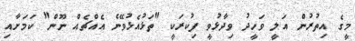
މީގެ އިތުރުން އަލީ ވަހީދު ވިދާޅުވީ ފިކުރަކީ "ތަޅުއެޅުވޭނެ އެއްޗެއް ނޫން" ކަަމަށާއި